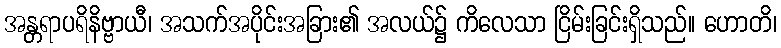
အန္တရာပရိနိဗ္ဗာယီ၊ အသက်အပိုင်းအခြား၏ အလယ်၌ ကိလေသာ ငြိမ်းခြင်းရှိသည်။ ဟောတိ၊